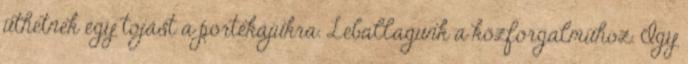
üthetnek egy tojást a portékájukra. Leballagunk a közforgalmúhoz. Így